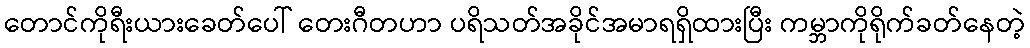
တောင်ကိုရီးယားခေတ်ပေါ် တေးဂီတဟာ ပရိသတ်အခိုင်အမာရရှိထားပြီး ကမ္ဘာကိုရိုက်ခတ်နေတဲ့